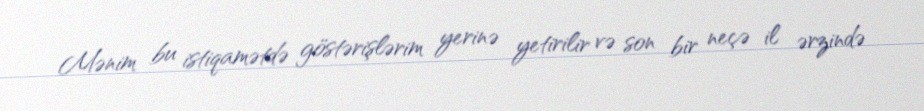
Mənim bu istiqamətdə göstərişlərim yerinə yetirilir və son bir neçə il ərzində